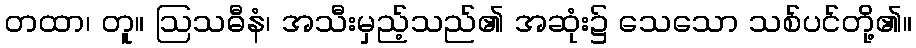
တထာ၊ တူ။ ဩသဓီနံ၊ အသီးမှည့်သည်၏ အဆုံး၌ သေသော သစ်ပင်တို့၏။